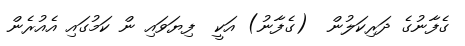
ގެފާނުގެ ދަރިކަލުން  (ގެފާނު) އަކީ  ފިޔަވައި ން ކަމުގައި އެއުރެން